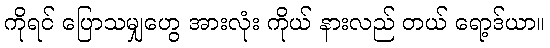
ကိုရင် ပြောသမျှဟွေ အားလုံး ကိုယ် နားလည် တယ် ရော့ဒ်ယာ။